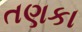
તણકા